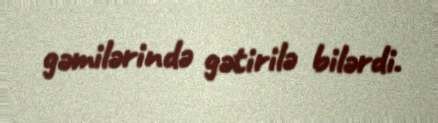
gəmilərində gətirilə bilərdi.